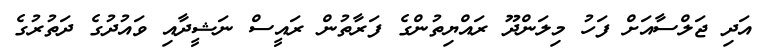
އަދި ޖަލްސާއަށް ފަހު މިލަންދޫ ރައްޔިތުންގެ ފަރާތުން ރައީސް ނަޝީދާއި ވައުދުގެ ދަތުރުގެ